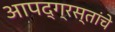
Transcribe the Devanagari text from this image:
आपद्ग्रस्तांचे